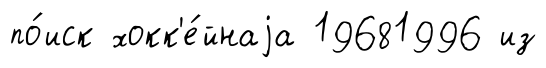
по́иск хокк'е́йнаjа 19681996 из